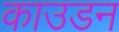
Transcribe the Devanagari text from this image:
काउडन